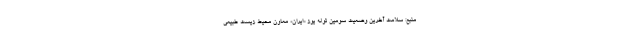
منبع: سلامت آخرین وضعیت سومین توله یوز «ایران» معاون محیط‌ زیست طبیعی